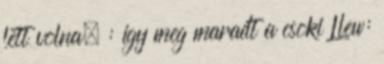
lett volna. : így meg maradt a csoki Llew: